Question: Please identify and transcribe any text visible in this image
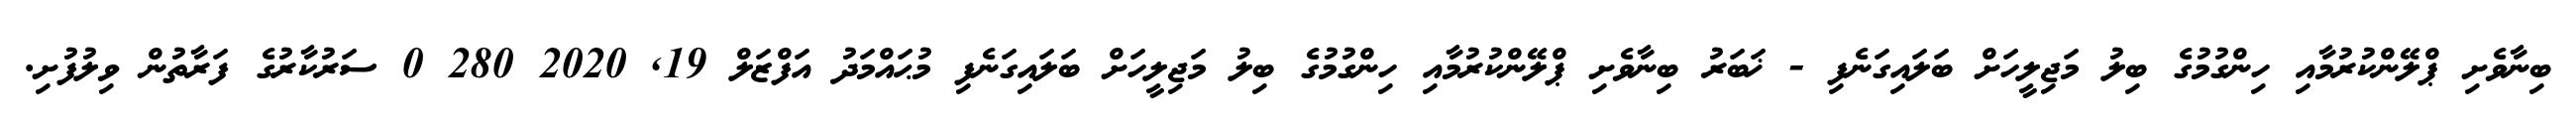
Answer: ބިނާވެށި ޕްލޭންކުރުމާއި ހިންގުމުގެ ބިލު މަޖިލީހަށް ބަލައިގަނެފި - ޚަބަރު ބިނާވެށި ޕްލޭންކުރުމާއި ހިންގުމުގެ ބިލު މަޖިލީހަށް ބަލައިގަނެފި މުޙައްމަދު އަފްޒަލް 19, 2020 280 0 ސަރުކާރުގެ ފަރާތުން ވިލުފުށި.